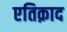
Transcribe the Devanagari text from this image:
एतिक़ाद